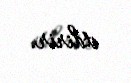
etdirir.